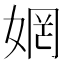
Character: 𫰻